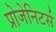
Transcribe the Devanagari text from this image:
प्रोजेनिटर्स